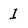
Character: 1